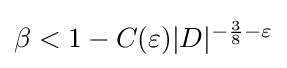
{\textstyle \beta <1-C(\varepsilon )|D|^{-{\frac {3}{8}}-\varepsilon }}